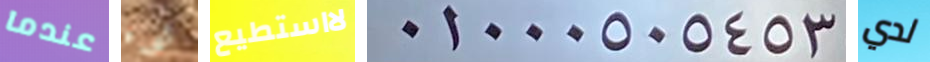
عندما شيء لااستطيع 01000505453 لدي